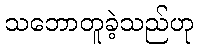
သဘောတူခဲ့သည်ဟု